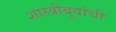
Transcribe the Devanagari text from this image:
शास्त्रीबुवांची